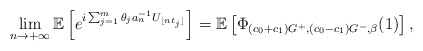
\begin{align*}\lim_{n\rightarrow +\infty}\mathbb E\left[e^{i\sum_{j=1}^m\theta_{j} a_n^{-1}U_{\lfloor nt_j\rfloor}}\right] =\mathbb E\left[\Phi_{(c_0+c_1)G^+,(c_0-c_1)G^-,\beta}(1)\right],\end{align*}